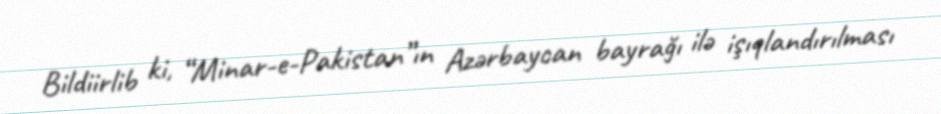
Bildiirlib ki, “Minar-e-Pakistan”ın Azərbaycan bayrağı ilə işıqlandırılması